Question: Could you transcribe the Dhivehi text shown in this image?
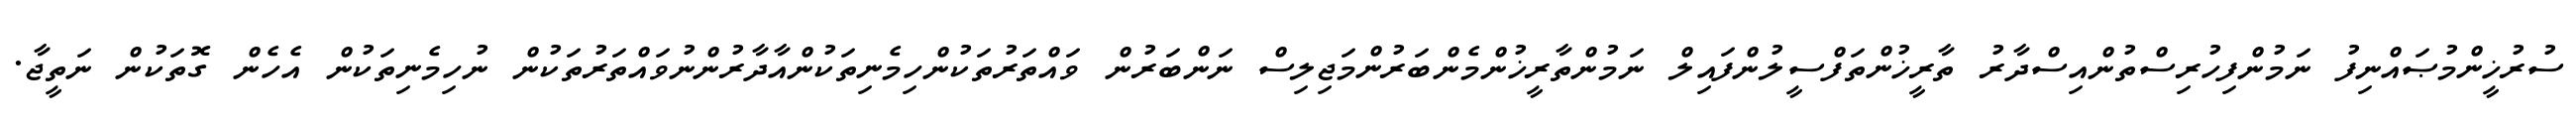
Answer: ސުރުޚީންމުޞައްނިފު ނަމުންފިހުރިސްތުންއިސްދާރު ތާރީޚުންތަފްސީލުންފައިލް ނަމުންތާރީޚުންމެންބަރުންމަޖިލިސް ނަންބަރުން ވައްތަރުތަކުންހިމެނިތަކުންއާދާރުންނުވައްތަރުތަކުން ނުހިމެނިތަކުން އެހެން ގޮތަކުން ނަތީޖާ.